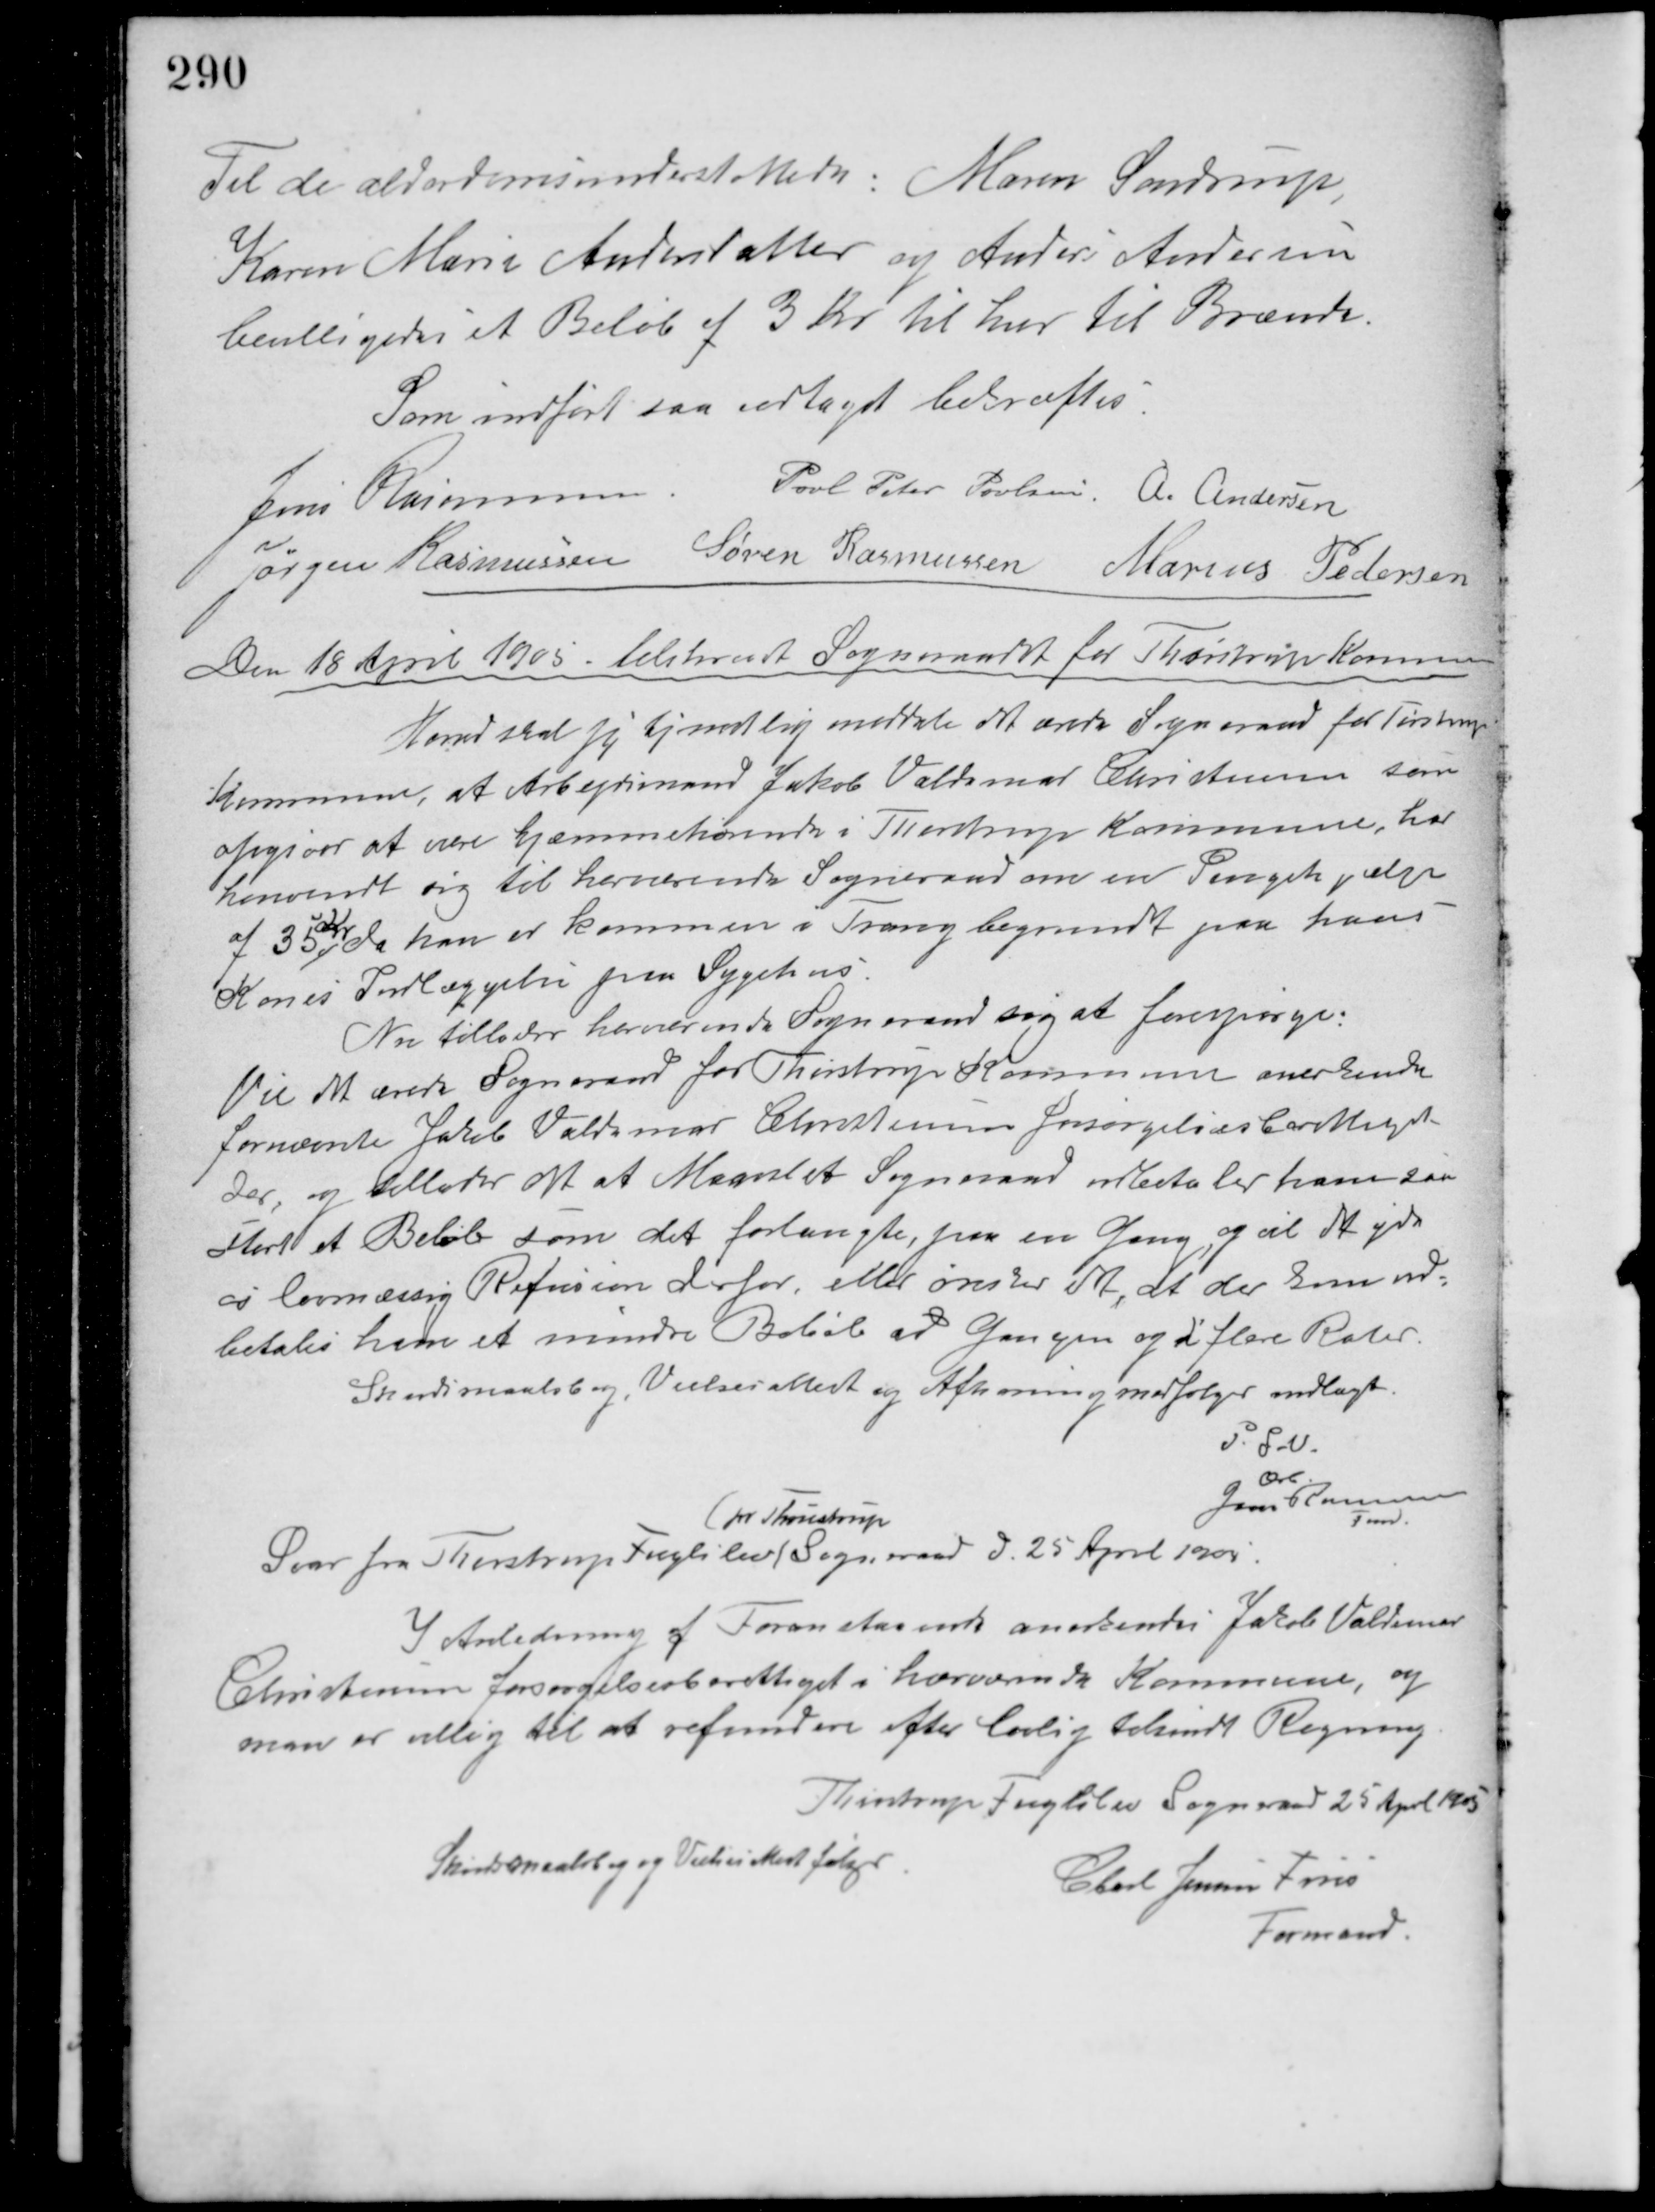
Transskription:
Til de alderdomsunderstøttede: Maren Sønderup,
Karen Marie Andersdatter og Anders Andersen
bevilligedes et Beløb af 3 Kr. til hver til Brænde.
Som indført saa vedtaget bekræftes.
Jens Rasmussen Poul Peter Poulsen A. Andersen
Jørgen Rasmussen Søren Rasmussen Marius Pedersen
Den 18 April 1905 tilskrevet Sogneraadet for Thirstrup Kommune
Herved skal jeg tjenstlig meddele det ærede Sogneraad for Tirstrup
Kommune, at Arbejdsmand Jakob Valdemar Christensen som
opgiver at være hjemmehørende i Thirstrup Kommune, har
henvendt sig til herværende Sogneraad om en Pengehjælp
af 35
Kr.
da han er kommen i Trang begrundet paa hans
Kones Indlæggelse paa Sygehus.
Nu tillader herværende Sogneraad sig at forespørge:
Vil det ærede Sogneraad for Thirstrup Kommune anerkende
fornævnte Jakob Valdemar Christensen forsørgelsesberettiget
der, og tillader det at Maarslet Sogneraad udbetaler ham saa
Stort et Beløb som det forlangte, paa en Gang og vil det yde
os lovmæssig Refusion derfor, eller ønsker det, at der kun ud-
betales ham et mindre Beløb ad Gangen og i flere Rater.
Skudsmaalsborg, Vielsesattest og Afhøring medfølger vedlagt.
P.S.V.
Ærb
Jens Rasmussen
Fmd.
Svar fra Thirstrup Fuglslev
(pr. Thrustrup
Sogneraad d. 25 April 1905
I Anledning af Foranstaaende anerkendes Jakob Valdemar
Christensen forsørgelsesberettiget i hærværende Kommune, og
man er villig til at refundere efter lovlig tilsendt Regning.
Thirstrup Fuglslev Sogneraad 25 April 1905
Skudsmaalsbog og Vielsesattest følger.
Charl Jensen Friis
Formand.